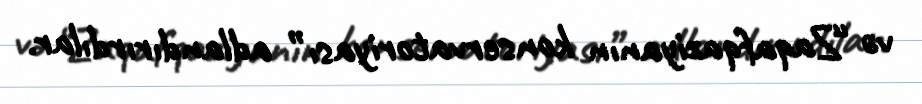
və “Zaqafqaziyanın konservatoriyası” adlandırırdılar.